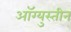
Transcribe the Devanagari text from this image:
ऑग्युस्तीन